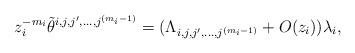
LaTeX: \begin{align*} z_i^{-m_i} \tilde{\theta}^{i,j,j',\ldots, j^{(m_i-1)}} = (\Lambda_{i,j,j',\ldots , j^{(m_i-1)}} + O(z_i)) \lambda_i, \end{align*}